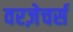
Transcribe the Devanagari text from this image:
वरज़ेचर्स